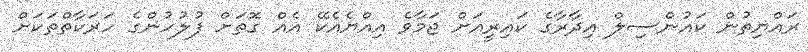
ރައްޔިތުން ކައުންސިލް އިދާރާގެ ކައިރީއަށް ޖަމާވެ އިއްޔެއެކޭ އެއް ގޮތަށް ފުލުހުންގެ ހަރަކާތްތަކަށް